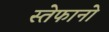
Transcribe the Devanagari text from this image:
स्तेफानो